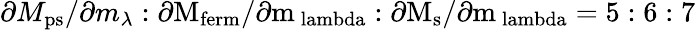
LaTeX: \partial M_{\mathrm{ps}}/\partial m_{\lambda}:\partial\mathrm{M_{ferm}/\partial m_{\ lambda}:\partial M_{\mathrm{s}}/\partial m_{\ lambda}=5:6:7}